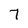
Character: 7